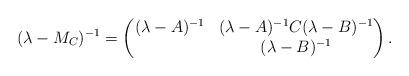
LaTeX: \begin{align*}(\lambda - M_C)^{-1} = \begin{pmatrix} (\lambda-A)^{-1} & (\lambda-A)^{-1} C (\lambda-B)^{-1} \\& (\lambda-B)^{-1}\end{pmatrix}.\end{align*}